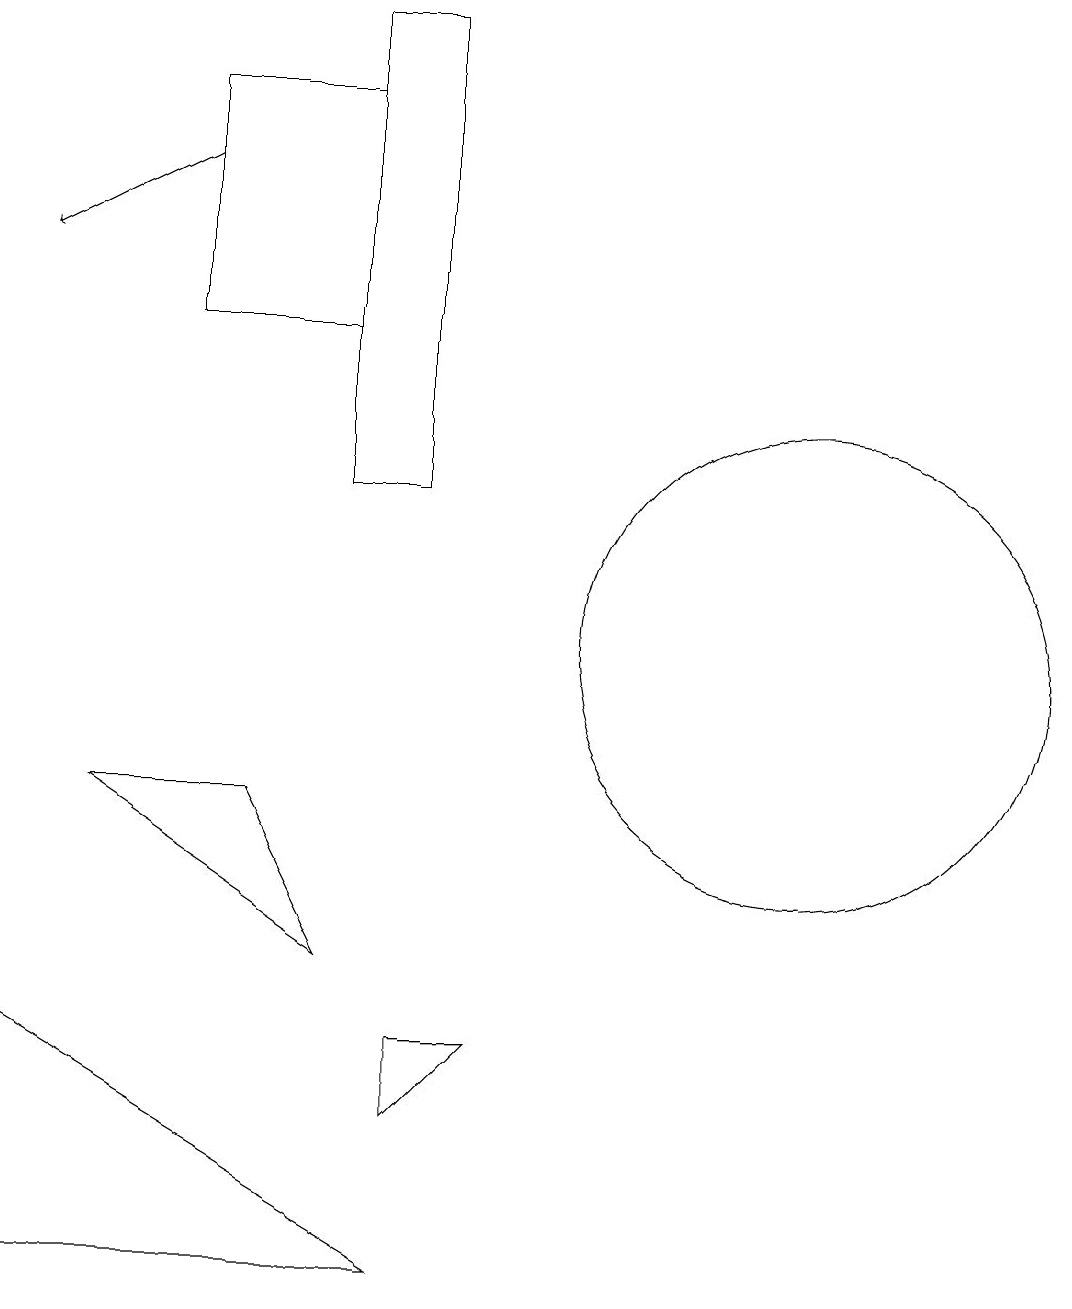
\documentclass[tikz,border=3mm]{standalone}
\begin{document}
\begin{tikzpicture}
\draw (5,13) rectangle (6,19);
\draw (1,3) -- (6,3) -- (1,6) -- cycle;
\draw[->] (3,17) -- (1,16);
\draw (11,11) circle (3);
\draw (6,5) -- (7,6) -- (6,6) -- cycle;
\draw (5,7) -- (2,9) -- (4,9) -- cycle;
\draw (3,15) rectangle (5,18);
\draw (5,13) rectangle (5,16);
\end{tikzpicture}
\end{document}